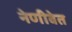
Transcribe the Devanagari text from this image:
नेणीवेत